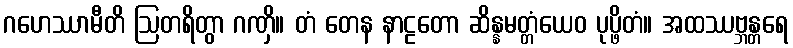
ဂဟေဿာမီတိ ဩတရိတွာ ဂဏှိ။ တံ တေန နာဠတော ဆိန္နမတ္တံယေဝ ပုပ္ဖိတံ။ အထဿဗ္ဘန္တရေ